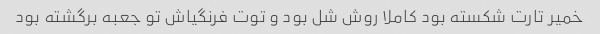
خمیر تارت شکسته بود کاملا روش شل بود و توت فرنگیاش تو جعبه برگشته بود